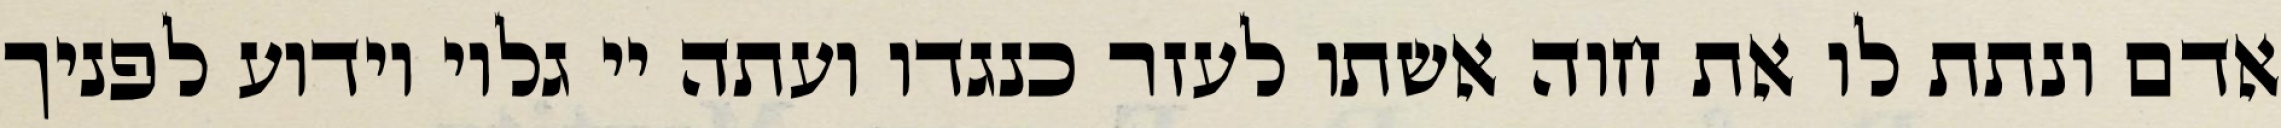
אדם ונתת לו את חוה אשתו לעזר כנגדו ועתה יי גלוי וידוע לפניך